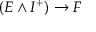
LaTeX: ( E \wedge I ^ { + } ) \to F